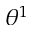
\theta ^ { 1 }